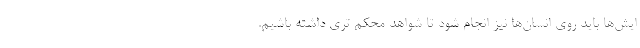
ایش‌ها باید روی انسان‌ها نیز انجام شود تا شواهد محکم تری داشته باشیم.